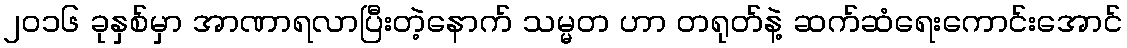
၂၀၁၆ ခုနှစ်မှာ အာဏာရလာပြီးတဲ့နောက် သမ္မတ ဟာ တရုတ်နဲ့ ဆက်ဆံရေးကောင်းအောင်